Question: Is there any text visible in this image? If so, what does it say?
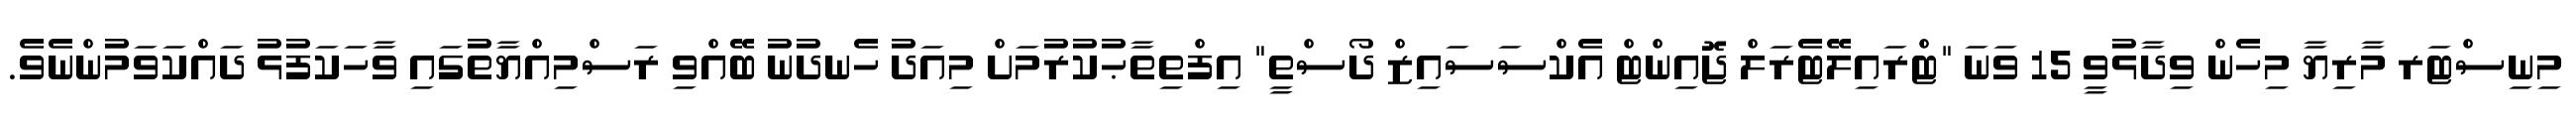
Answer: މިނިސްޓަރ މާރިޔާ މިހެން ވިދާޅުވީ 15 ވަނަ "ޓްރައިލޭޓެރަލް ޖޮއިންޓް އެކްސަސައިޒް ދޯސްތީ" އިފްތިތާޙުކުރުމަށް މިއަދު ހެނދުނު ބޭއްވި ރަސްމިއްޔާތުގައި ވާހަކަފުޅު ދައްކަވަމުންނެވެ.